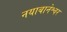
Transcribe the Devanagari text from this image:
नयाबानेश्वर